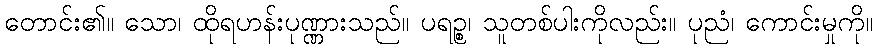
တောင်း၏။ သော၊ ထိုရဟန်းပုဏ္ဏားသည်။ ပရဉ္စ၊ သူတစ်ပါးကိုလည်း။ ပုညံ၊ ကောင်းမှုကို။